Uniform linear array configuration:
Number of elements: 16
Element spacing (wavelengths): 1
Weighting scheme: hann
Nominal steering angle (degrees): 15
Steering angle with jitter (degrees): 14.781
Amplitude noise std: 0.05
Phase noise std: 0.05

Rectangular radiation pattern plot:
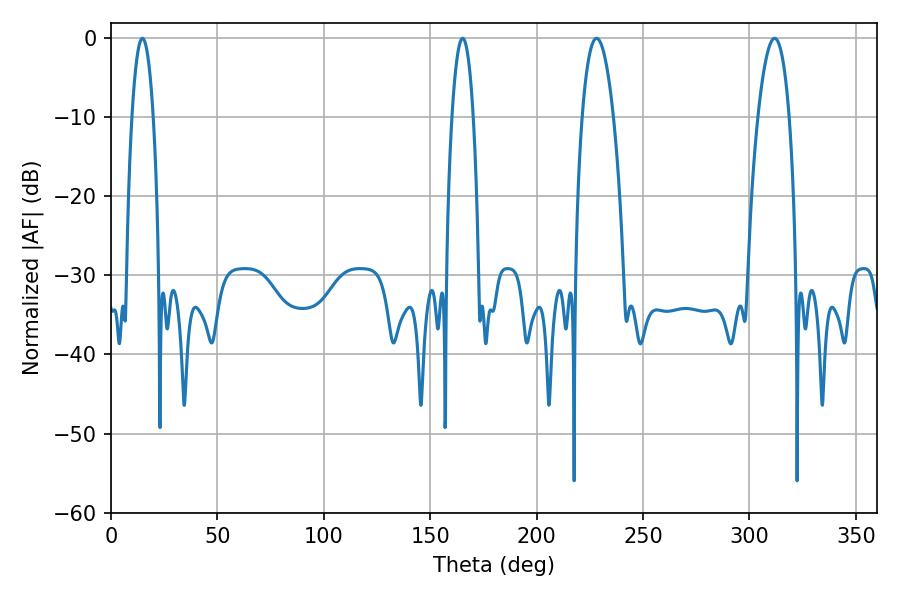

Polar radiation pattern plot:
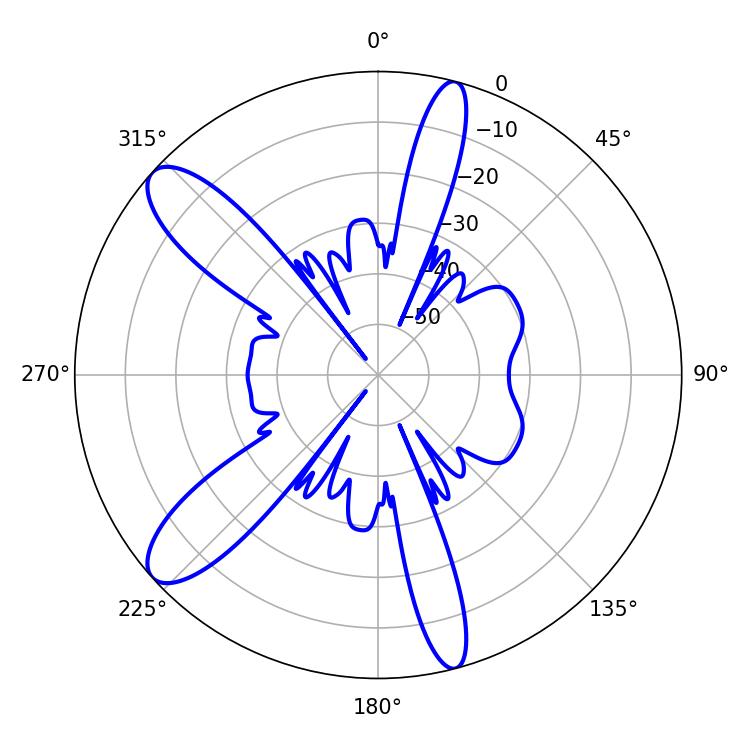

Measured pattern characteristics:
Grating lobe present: TRUE
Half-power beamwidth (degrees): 5.58
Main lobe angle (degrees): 14.76